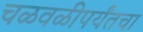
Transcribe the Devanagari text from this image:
चळवळीपर्यंतचा